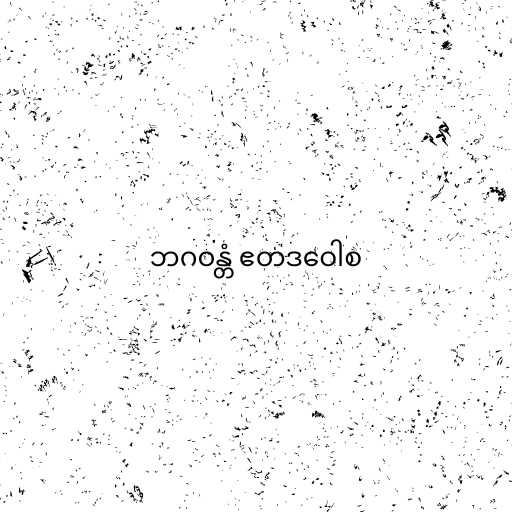
ဘဂဝန္တံ ဧတဒဝေါစ